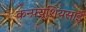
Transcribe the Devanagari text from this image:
कन्फ़्यूशियसाई